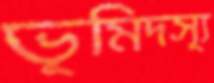
ভূমিদস্যূ